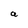
Character: a